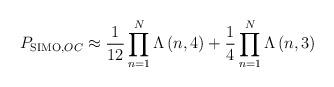
LaTeX: \begin{align*}{{P}_{\operatorname{SIMO},OC}}\approx \frac{1}{12}\prod\limits_{n=1}^{N}{\Lambda \left( n,4 \right)}+\frac{1}{4}\prod\limits_{n=1}^{N}{\Lambda \left( n,3 \right)}\end{align*}